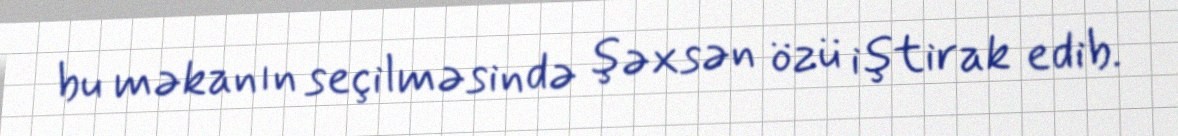
bu məkanın seçilməsində şəxsən özü iştirak edib.